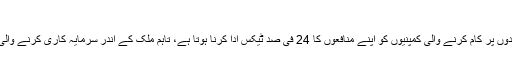
اسرائیل، فیس بک اور گوگل پر ٹیکس لگائے گا
اسرائیلی قوانین کے تحت ملک کے اندر مستقل بنیادوں پر کام کرنے والی کمپنیوں کو اپنے منافعوں کا 24 فی صد ٹیکس ادا کرنا ہوتا ہے، تاہم ملک کے اندر سرمایہ کاری کرنے والی کمپنیوں کو ٹیکس میں کافی چھوٹ مل جاتی ہے۔